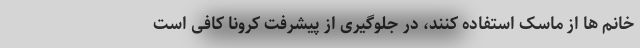
خانم ها از ماسک استفاده کنند، در جلوگیری از پیشرفت کرونا کافی است